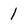
Character: 1